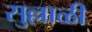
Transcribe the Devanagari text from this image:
सुल्लाळी